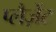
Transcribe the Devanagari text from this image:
प्लैज़ेंट